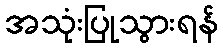
အသုံးပြုသွားရန်